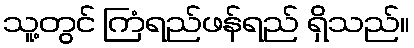
သူ့တွင် ကြံရည်ဖန်ရည် ရှိသည်။